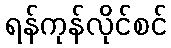
ရန်ကုန်လိုင်စင်